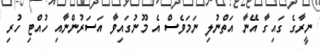
ނީރާގެ ގައިގާ އޭނާ އަތްނުލި ނަމަވެސް އެ މޫނުގައިވާ އަސަރުންނާއި ހުއްޓި ހުރި